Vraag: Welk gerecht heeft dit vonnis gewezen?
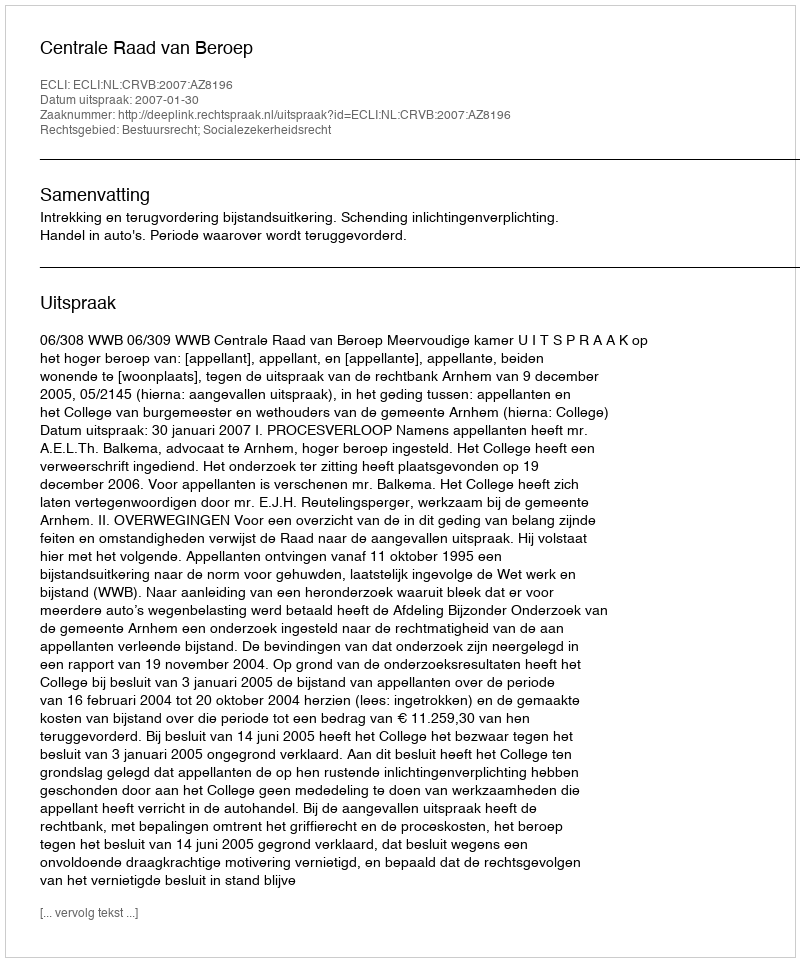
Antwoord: Centrale Raad van Beroep